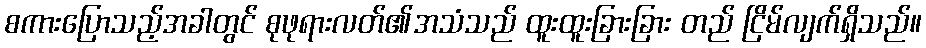
စကားပြောသည့်အခါတွင် စုဖုရားလတ်၏အသံသည် ထူးထူးခြားခြား တည် ငြိမ်လျက်ရှိသည်။